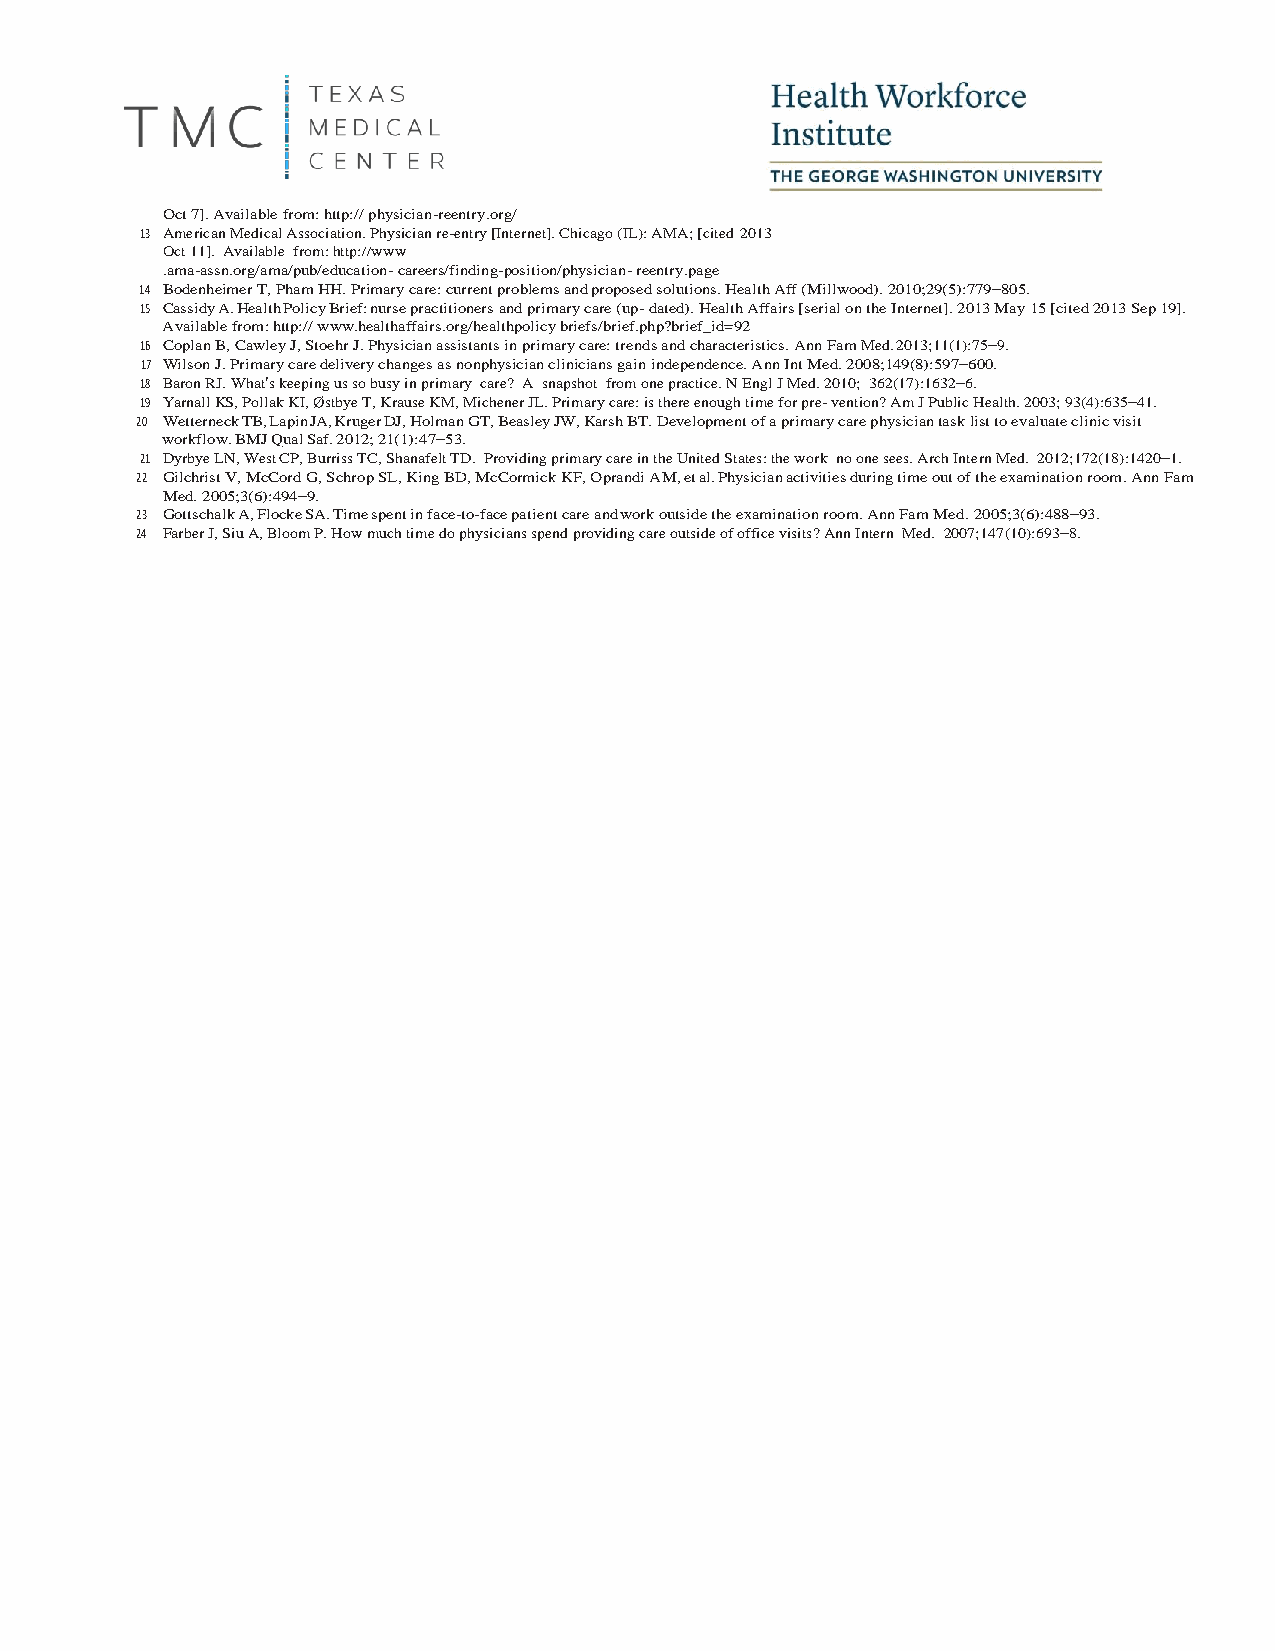
Oct 7]. Available from: http:// physician-reentry.org/
 13 American Medical Association. Physician re-entry [Internet]. Chicago (IL): AMA; [cited 2013
 Oct 11]. Available from: http://www
 .ama-assn.org/ama/pub/education- careers/finding-position/physician- reentry.page
 14 Bodenheimer T, Pham HH. Primary care: current problems and proposed solutions. Health Aff (Millwood). 2010;29(5):779–805.
 15 Cassidy A. Health Policy Brief: nurse practitioners and primary care (up- dated). Health Affairs [serial on the Internet]. 2013 May 15 [cited 2013 Sep 19].
 Available from: http:// www.healthaffairs.org/healthpolicy briefs/brief.php?brief_id=92
 16 Coplan B, Cawley J, Stoehr J. Physician assistants in primary care: trends and characteristics. Ann Fam Med. 2013;11(1):75–9.
 17 Wilson J. Primary care delivery changes as nonphysician clinicians gain independence. Ann Int Med. 2008;149(8):597–600.
 18 Baron RJ. What’s keeping us so busy in primary care? A snapshot from one practice. N Engl J Med. 2010; 362(17):1632–6.
 19 Yarnall KS, Pollak KI, Østbye T, Krause KM, Michener JL. Primary care: is there enough time for pre- vention? Am J Public Health. 2003; 93(4):635–41.
 20 Wetterneck TB, Lapin JA, Kruger DJ, Holman GT, Beasley JW, Karsh BT. Development of a primary care physician task list to evaluate clinic visit
 workflow. BMJ Qual Saf. 2012; 21(1):47–53.
 21 Dyrbye LN, West CP, Burriss TC, Shanafelt TD. Providing primary care in the United States: the work no one sees. Arch Intern Med. 2012;172(18):1420–1.
 22 Gilchrist V, McCord G, Schrop SL, King BD, McCormick KF, Oprandi AM, et al. Physician activities during time out of the examination room. Ann Fam
 Med. 2005;3(6):494–9.
 23 Gottschalk A, Flocke SA. Time spent in face-to-face patient care and work outside the examination room. Ann Fam Med. 2005;3(6):488–93.
 24 Farber J, Siu A, Bloom P. How much time do physicians spend providing care outside of office visits? Ann Intern Med. 2007;147(10):693–8.